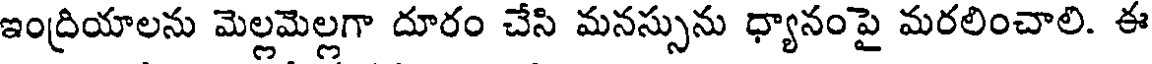
ఇంద్రియాలను మెల్లమెల్లగా దూరం చేసి మనస్సును ధ్యానంపై మరలించాలి. ఈ